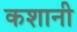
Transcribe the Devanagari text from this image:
कशानी